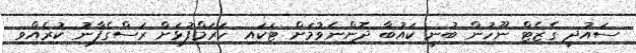
ސައުދީ ގެޒެޓް ނޫހުން ބުނީ ކައުބާ ދޮންނެވުމަށް ޓަކައި ހަރަމްފުޅަށް ރަސްގެފާނު ކުރެއްވި